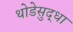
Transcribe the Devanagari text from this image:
थोडेसुद्धा